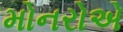
મોનરોએ